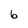
Character: 6